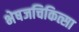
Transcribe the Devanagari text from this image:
भेषजचिकित्सा